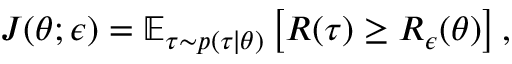
J ( \theta ; \epsilon ) = \mathbb { E } _ { \tau \sim p ( \tau \mid \theta ) } \left[ R ( \tau ) \geq R _ { \epsilon } ( \theta ) \right] ,